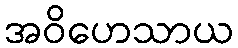
အဝိဟေသာယ